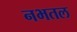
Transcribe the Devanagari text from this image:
नभतल